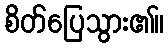
စိတ်ပြေသွား၏။